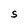
Character: S